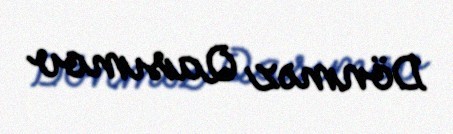
Dönməz Qasımov